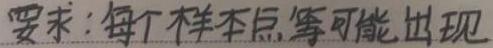
要求：每个样本点等可能出现